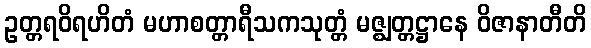
ဥတ္တရဝိရဟိတံ မဟာစတ္တာရီသကသုတ္တံ မဇ္ဈတ္တဋ္ဌာနေ ဝိဇာနာတီတိ